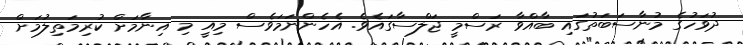
ދުވަހުގެ މުނާސަބަތުގައި ބާއްވާ ރަސްމީ ޖަލްސާގައެވެ. އެހެންނަމަވެސް މިއީ މި އިނާމަށް ކުރިމަތިލުމަށް